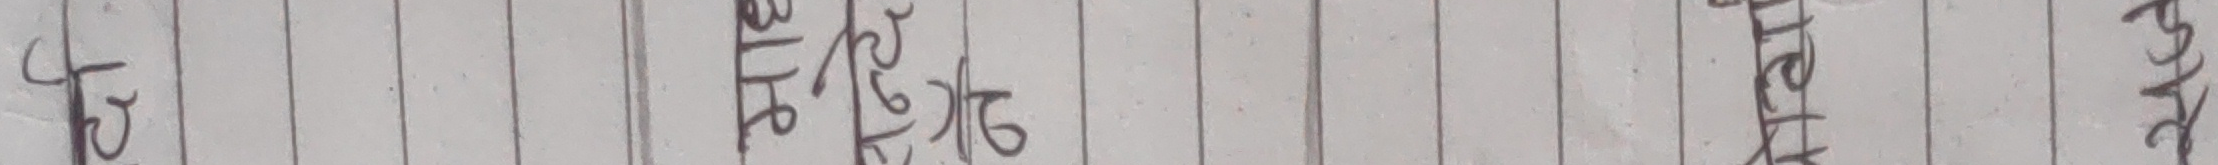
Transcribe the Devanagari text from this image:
थिए केही भेट र